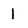
Character: 1